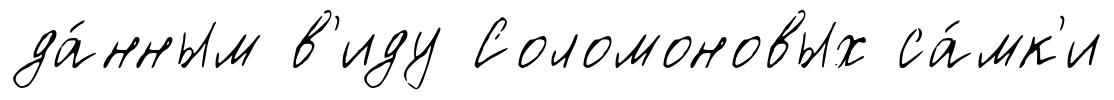
да́нным в'иду Соломоновых са́мк'и